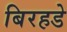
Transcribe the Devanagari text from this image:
बिरहडे